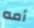
أمه